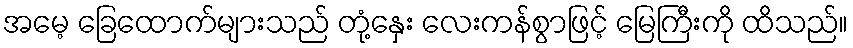
အမေ့ ခြေထောက်များသည် တုံ့နှေး လေးကန်စွာဖြင့် မြေကြီးကို ထိသည်။